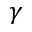
\gamma